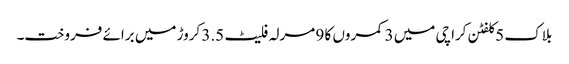
بلاک 5 کلفٹن کراچی میں 3 کمروں کا 9 مرلہ فلیٹ 3.5 کروڑ میں برائے فروخت۔